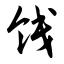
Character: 饯